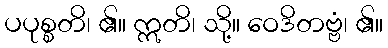
ပပုစ္စတိ၊ ၏။ ဣတိ၊ သို့။ ဝေဒိတဗ္ဗံ၊ ၏။